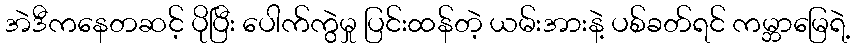
အဲဒီကနေတဆင့် ပိုပြီး ပေါက်ကွဲမှု ပြင်းထန်တဲ့ ယမ်းအားနဲ့ ပစ်ခတ်ရင် ကမ္ဘာမြေရဲ့